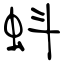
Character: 蚪